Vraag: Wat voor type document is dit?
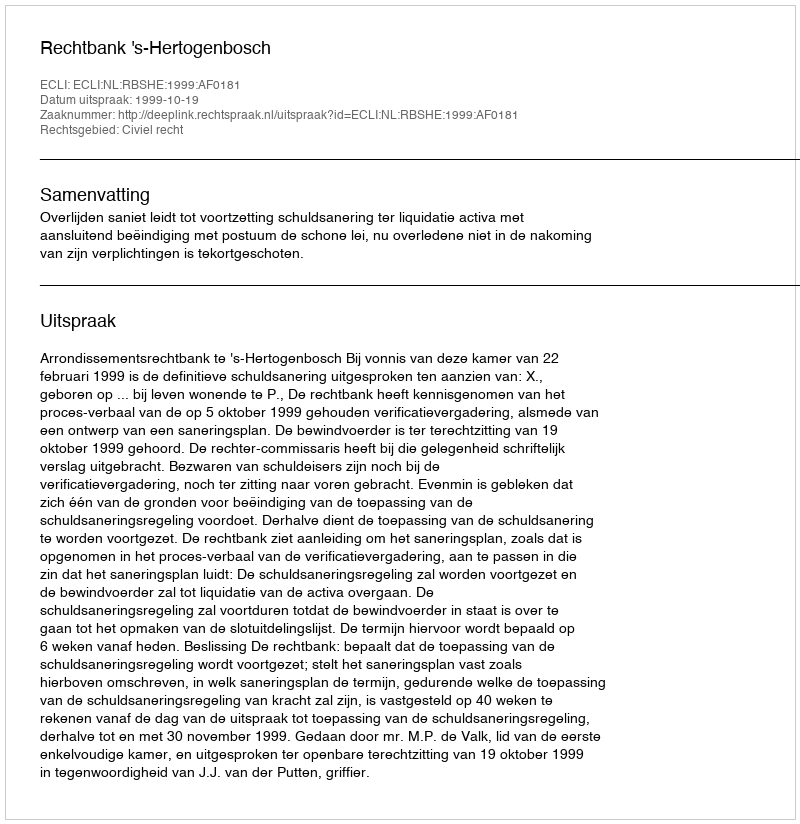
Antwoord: Uitspraak